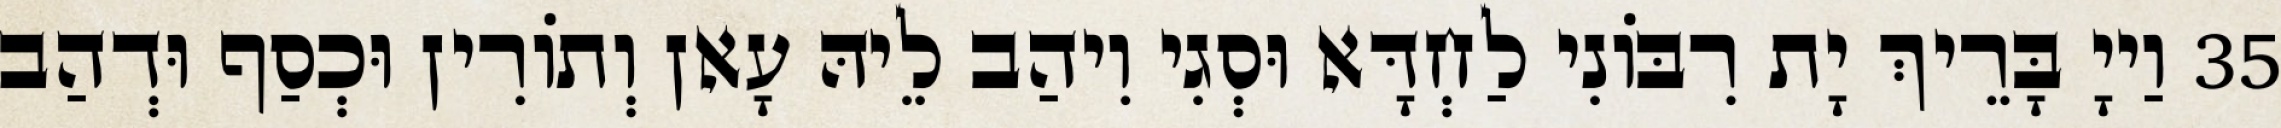
35 וַייָ בָּרֵיךְ יָת רִבּוֹנִי לַחְדָּא וּסְגִי וִיהַב לֵיהּ עָאן וְתוֹרִין וּכְסַף וּדְהַב